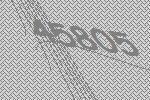
45805